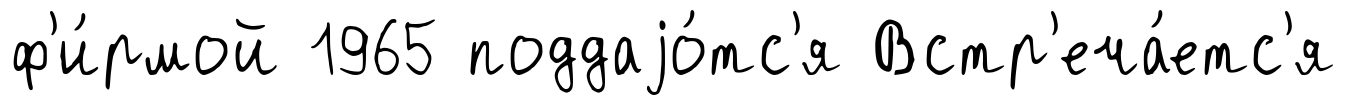
ф'и́рмой 1965 поддаjо́тс'я Встр'еча́етс'я